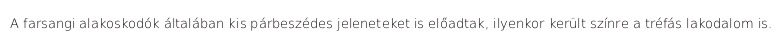
A farsangi alakoskodók általában kis párbeszédes jeleneteket is előadtak, ilyenkor került színre a tréfás lakodalom is.